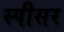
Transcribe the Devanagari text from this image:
स्पीसर